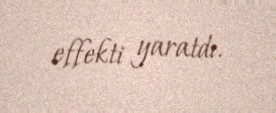
effekti yaratdı.